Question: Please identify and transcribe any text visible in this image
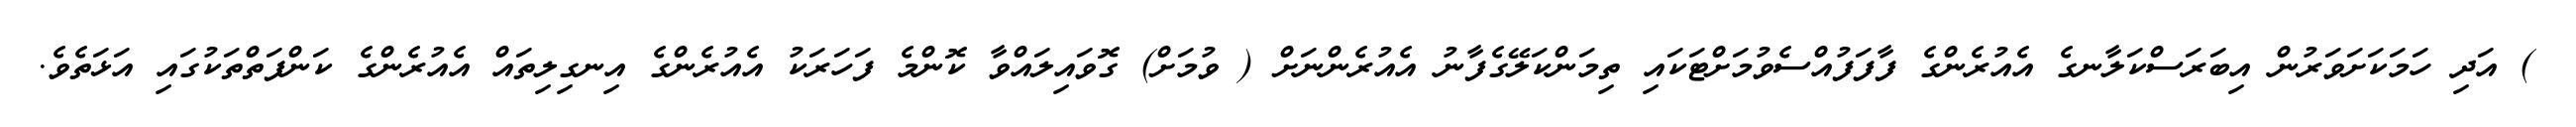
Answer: ) އަދި ހަމަކަށަވަރުން އިބަރަސްކަލާނގެ އެއުރެންގެ ފާފަފުއްސެވުމަށްޓަކައި ތިމަންކަލޭގެފާނު އެއުރެންނަށް ( ވުމަށް) ގޮވައިލައްވާ ކޮންމެ ފަހަރަކު އެއުރެންގެ އިނގިލިތައް އެއުރެންގެ ކަންފަތްތަކުގައި އަޅަތެވެ.